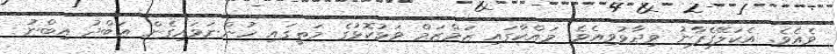
ވެއެވެ. އެކަލޭގެފާނު ވިދާޅުވިއެވެ. މައްކާގައި ޒަމްޒަމް ވަޅުކޮޅުގެ މަތީގައި ހުންނަވައިގެން ޢަބްދު އިބްނު